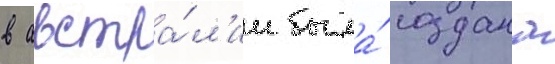
в австра́л'ии была́ создана